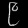
Digit: ၉